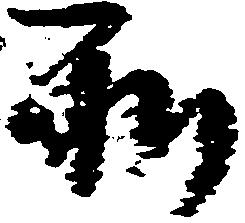
和